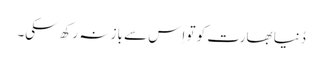
دُنیا بھارت کو تو اِس سے باز نہ رکھ سکی۔